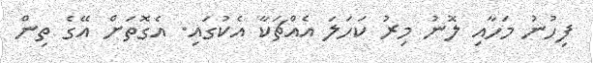
ފިހުނު މަހާއި ލޮނު މިރު ކަހަލަ އެއްޗަކާ އެކުގައި. އެގޮތަށް އޭގެ ތިން